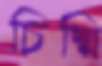
চিম্মি